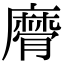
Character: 𢋚